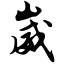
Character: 崴